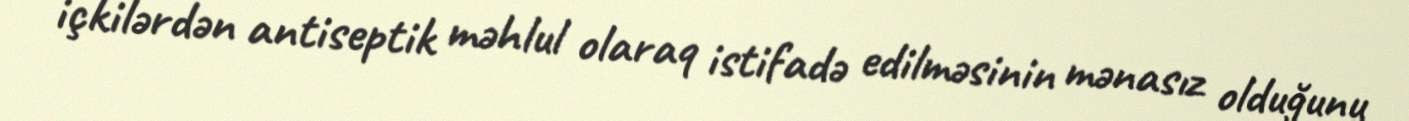
içkilərdən antiseptik məhlul olaraq istifadə edilməsinin mənasız olduğunu